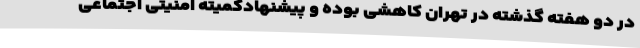
در دو هفته گذشته در تهران کاهشی بوده و پیشنهادکمیته امنیتی اجتماعی